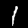
Label: 1